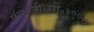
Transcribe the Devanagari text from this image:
ऍन॰जी॰सी॰१९९०